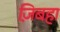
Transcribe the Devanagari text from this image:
ज़िबहा